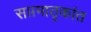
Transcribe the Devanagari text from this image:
सप्तमातृकांत